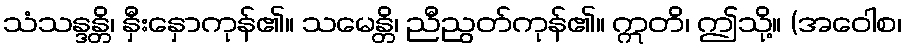
သံသန္ဒန္တိ၊ နှီးနှောကုန်၏။ သမေန္တိ၊ ညီညွတ်ကုန်၏။ ဣတိ၊ ဤသို့။ (အဝေါစ၊